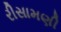
રીસામણી